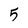
Character: 5